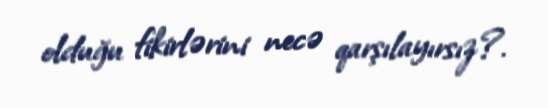
olduğu fikirlərini necə qarşılayırsız?.